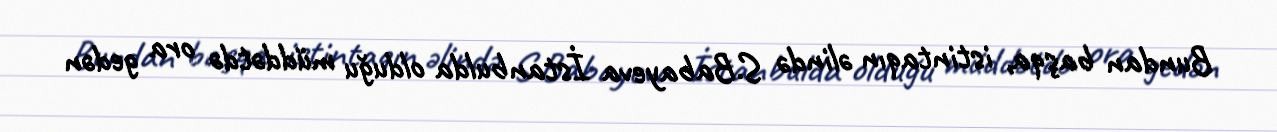
Bundan başqa, istintaqın əlində S.Babayeva İstanbulda olduğu müddətdə ora gedən